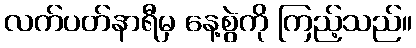
လက်ပတ်နာရီမှ နေ့စွဲကို ကြည့်သည်။